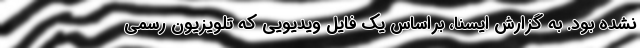
نشده بود. به گزارش ایسنا، براساس یک فایل ویدیویی که تلویزیون رسمی